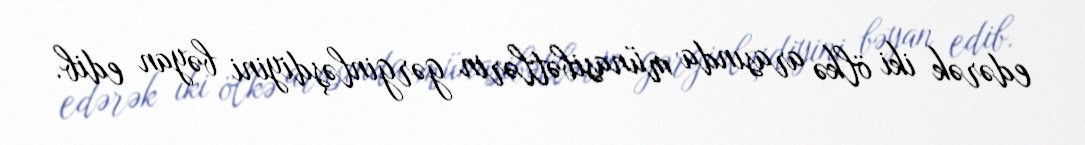
edərək iki ölkə arasında münasibətlərin gərginləşdiyini bəyan edib.